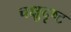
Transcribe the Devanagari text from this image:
चक्षुदृष्ट